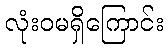
လုံးဝမရှိကြောင်း